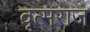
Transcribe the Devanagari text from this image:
वृत्सराज